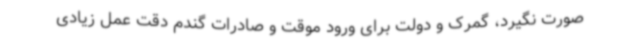
صورت نگیرد، گمرک و دولت برای ورود موقت و صادرات گندم دقت عمل زیادی